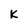
Character: K